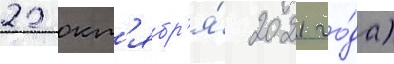
22 окт'ябр'я́ 2021 го́да)